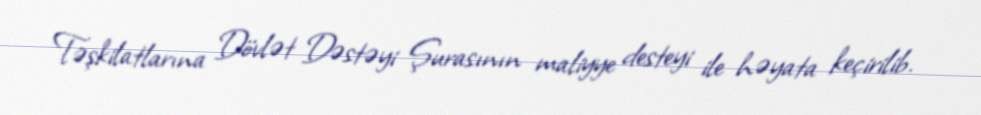
Təşkilatlarına Dövlət Dəstəyi Şurasının maliyye desteyi ile həyata keçirilib.